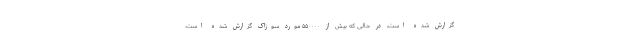
گزارش شده است، در حالی که بیش از ۵۵۰۰۰۰ مورد سوزاک گزارش شده است.